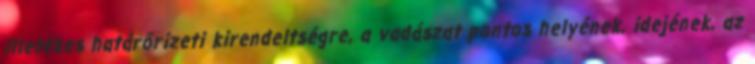
illetékes határőrizeti kirendeltségre, a vadászat pontos helyének, idejének, az